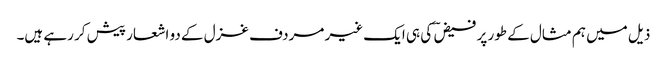
ذیل میں ہم مثال کے طور پر فیض ؔ کی ہی ایک غیر مردف غزل کے دو اشعار پیش کر رہے ہیں۔